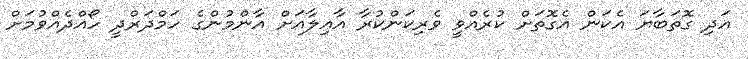
އަދި ގޮތަބާޔަ އެކަން އެގޮތަށް ކުރެއްވީ ވެރިކަންކުރާ އާއިލާއަށް އާންމުންގެ ހަމްދަރްދީ ހޯއްދެއްވުމަށް